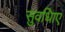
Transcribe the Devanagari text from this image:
सुवधिाएं